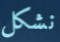
نشكل